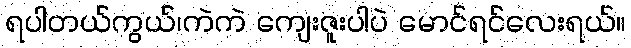
ရပါတယ်ကွယ်၊ကဲကဲ ကျေးဇူးပါပဲ မောင်ရင်လေးရယ်။